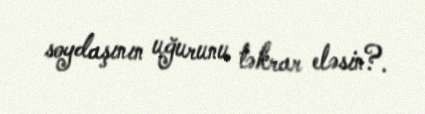
soydaşının uğurunu təkrar eləsin?.